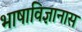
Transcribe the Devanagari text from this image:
भाषाविज्ञानास